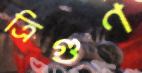
ত্রিগুণ